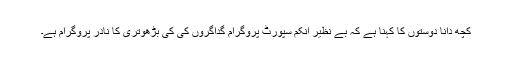
کچھ دانا دوستوں کا کہنا ہے کہ بے نظیر انکم سپورٹ پروگرام گداگروں کی کی بڑھوتری کا نادر پروگرام ہے۔